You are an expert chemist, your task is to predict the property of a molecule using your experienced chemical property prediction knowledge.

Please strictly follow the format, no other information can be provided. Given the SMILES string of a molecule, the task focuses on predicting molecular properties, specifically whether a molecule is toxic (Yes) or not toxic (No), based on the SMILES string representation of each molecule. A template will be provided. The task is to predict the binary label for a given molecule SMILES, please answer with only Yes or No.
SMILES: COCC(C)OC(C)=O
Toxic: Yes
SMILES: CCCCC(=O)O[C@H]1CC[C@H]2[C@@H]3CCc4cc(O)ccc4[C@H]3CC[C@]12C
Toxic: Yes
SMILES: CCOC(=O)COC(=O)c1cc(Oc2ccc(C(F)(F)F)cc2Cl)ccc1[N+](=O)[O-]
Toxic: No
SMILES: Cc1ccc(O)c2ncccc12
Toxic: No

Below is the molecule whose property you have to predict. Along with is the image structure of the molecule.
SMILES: O=P(OCCCl)(OCCCl)OCCCl
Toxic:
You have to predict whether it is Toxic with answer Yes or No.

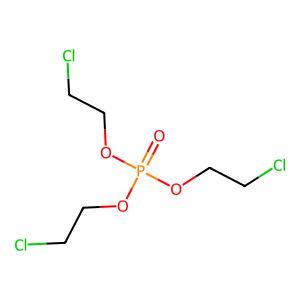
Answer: No